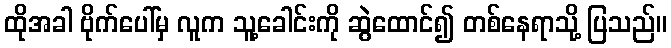
ထိုအခါ ဗိုက်ပေါ်မှ လူက သူ့ခေါင်းကို ဆွဲထောင်၍ တစ်နေရာသို့ ပြသည်။